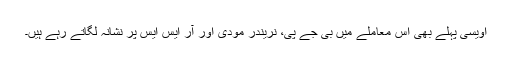
اویسی پہلے بھی اس معاملے میں بی جے پی، نریندر مودی اور آر ایس ایس پر نشانہ لگاتے رہے ہیں۔